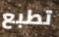
تطبع